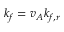
k _ { f } = v _ { A } k _ { f , r }